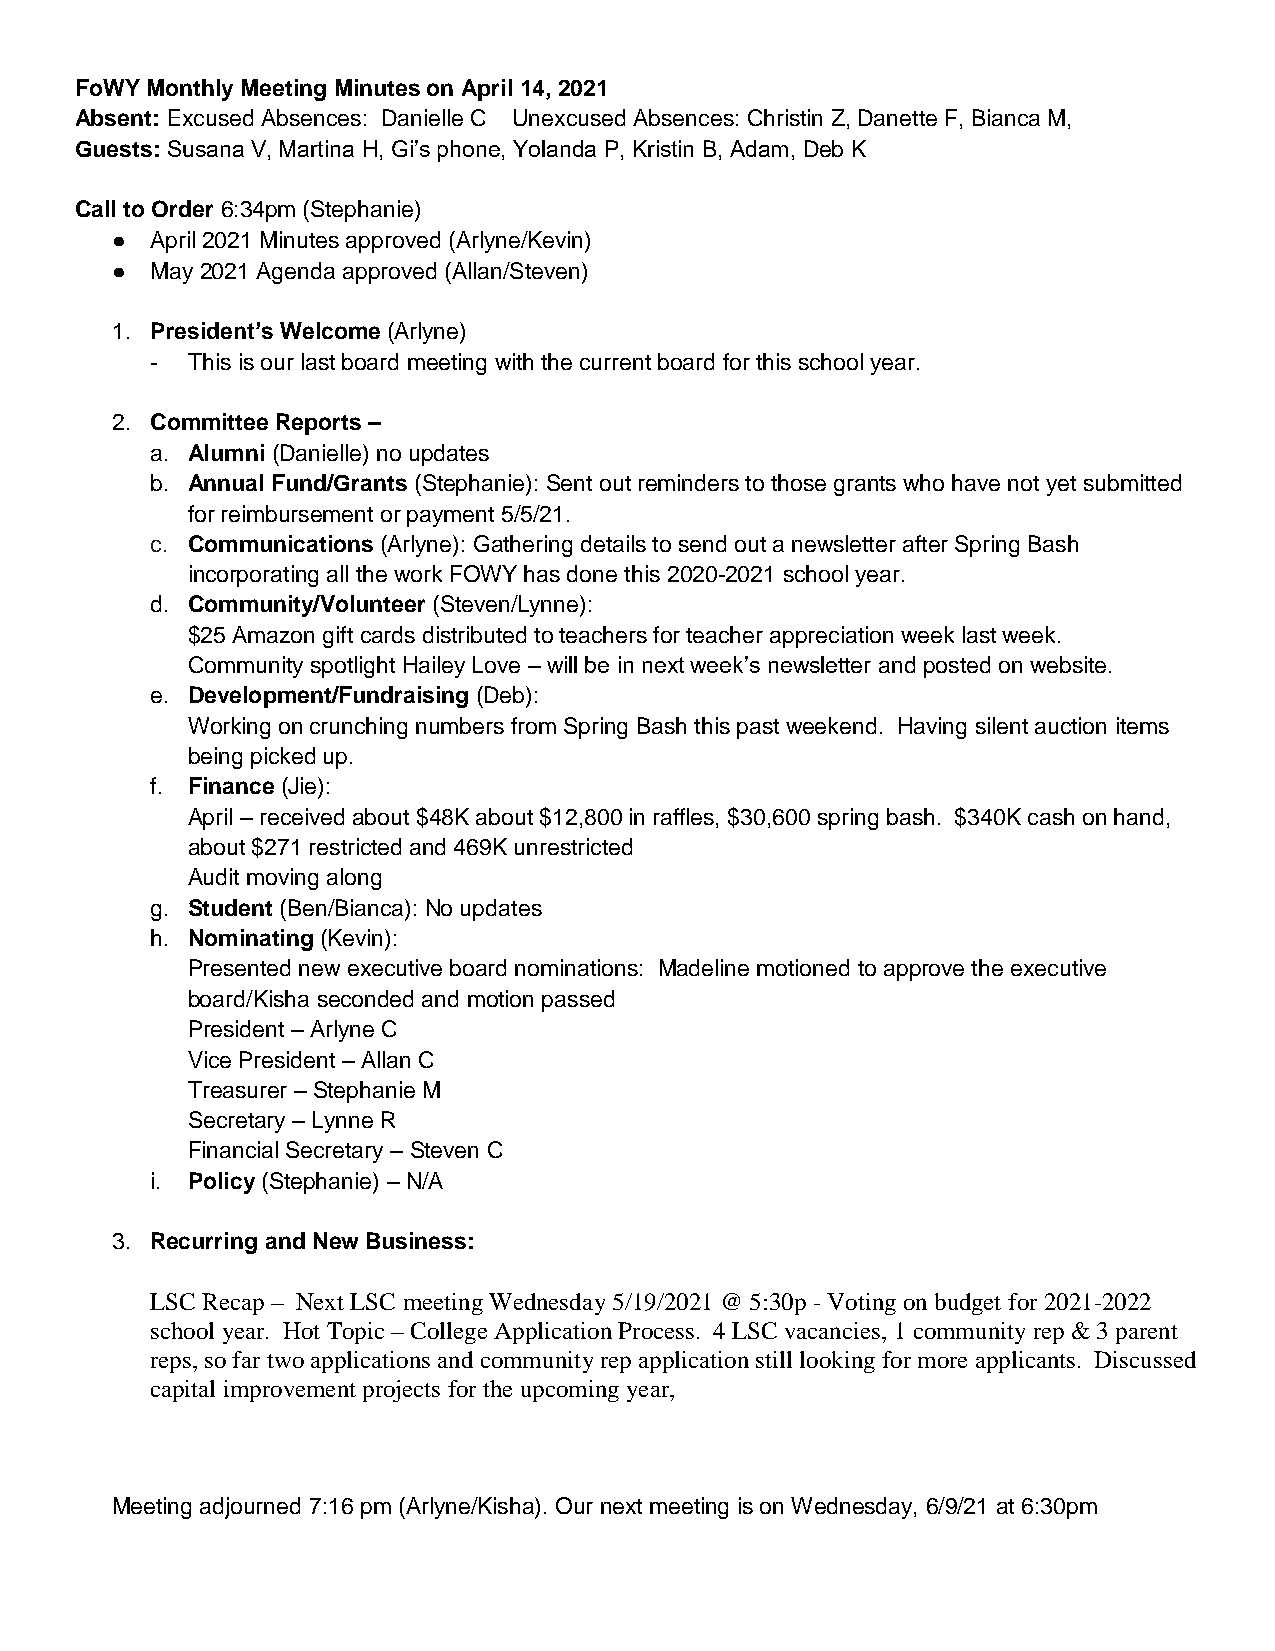
FoWY Monthly Meeting Minutes on April 14, 2021
 Absent: Excused Absences: Danielle C Unexcused Absences: Christin Z, Danette F, Bianca M,
 Guests: Susana V, Martina H, Gi’s phone, Yolanda P, Kristin B, Adam, Deb K
 Call to Order 6:34pm (Stephanie)
 ●  April 2021 Minutes approved (Arlyne/Kevin)
 ●  May 2021 Agenda approved (Allan/Steven)
 1. President’s Welcome (Arlyne)
 - This is our last board meeting with the current board for this school year.
 2. Committee Reports –
 a. Alumni (Danielle) no updates
 b. Annual Fund/Grants (Stephanie): Sent out reminders to those grants who have not yet submitted
 for reimbursement or payment 5/5/21.
 c. Communications (Arlyne): Gathering details to send out a newsletter after Spring Bash
 incorporating all the work FOWY has done this 2020-2021 school year.
 d. Community/Volunteer (Steven/Lynne):
 $25 Amazon gift cards distributed to teachers for teacher appreciation week last week.
 Community spotlight Hailey Love – will be in next week’s newsletter and posted on website.
 e. Development/Fundraising (Deb):
 Working on crunching numbers from Spring Bash this past weekend. Having silent auction items
 being picked up.
 f. Finance (Jie):
 April – received about $48K about $12,800 in raffles, $30,600 spring bash. $340K cash on hand,
 about $271 restricted and 469K unrestricted
 Audit moving along
 g. Student (Ben/Bianca): No updates
 h. Nominating (Kevin):
 Presented new executive board nominations: Madeline motioned to approve the executive
 board/Kisha seconded and motion passed
 President – Arlyne C
 Vice President – Allan C
 Treasurer – Stephanie M
 Secretary – Lynne R
 Financial Secretary – Steven C
 i. Policy (Stephanie) – N/A
 3. Recurring and New Business:
 LSC Recap – Next LSC meeting Wednesday 5/19/2021 @ 5:30p - Voting on budget for 2021-2022
 school year. Hot Topic – College Application Process. 4 LSC vacancies, 1 community rep & 3 parent
 reps, so far two applications and community rep application still looking for more applicants. Discussed
 capital improvement projects for the upcoming year,
 Meeting adjourned 7:16 pm (Arlyne/Kisha). Our next meeting is on Wednesday, 6/9/21 at 6:30pm